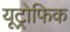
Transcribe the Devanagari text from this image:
यूट्रोफिक